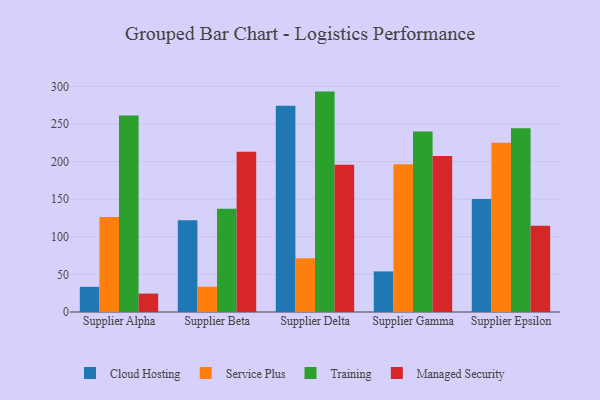
{"axis": {"x": "Supplier", "y": "Revenue (USD Million)"}, "legend": ["Cloud Hosting", "Managed Security", "Service Plus", "Training"], "data": [{"x": "Supplier Alpha", "y": 33.4, "type": "Cloud Hosting"}, {"x": "Supplier Alpha", "y": 126.4, "type": "Service Plus"}, {"x": "Supplier Alpha", "y": 261.4, "type": "Training"}, {"x": "Supplier Alpha", "y": 24.5, "type": "Managed Security"}, {"x": "Supplier Beta", "y": 121.9, "type": "Cloud Hosting"}, {"x": "Supplier Beta", "y": 33.6, "type": "Service Plus"}, {"x": "Supplier Beta", "y": 137.3, "type": "Training"}, {"x": "Supplier Beta", "y": 213.2, "type": "Managed Security"}, {"x": "Supplier Delta", "y": 274.3, "type": "Cloud Hosting"}, {"x": "Supplier Delta", "y": 71.5, "type": "Service Plus"}, {"x": "Supplier Delta", "y": 293.1, "type": "Training"}, {"x": "Supplier Delta", "y": 195.8, "type": "Managed Security"}, {"x": "Supplier Gamma", "y": 54.0, "type": "Cloud Hosting"}, {"x": "Supplier Gamma", "y": 196.6, "type": "Service Plus"}, {"x": "Supplier Gamma", "y": 240.0, "type": "Training"}, {"x": "Supplier Gamma", "y": 207.3, "type": "Managed Security"}, {"x": "Supplier Epsilon", "y": 150.4, "type": "Cloud Hosting"}, {"x": "Supplier Epsilon", "y": 225.0, "type": "Service Plus"}, {"x": "Supplier Epsilon", "y": 244.5, "type": "Training"}, {"x": "Supplier Epsilon", "y": 114.7, "type": "Managed Security"}]}